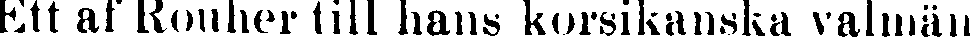
Ett af Rouher till hans korsikanska valmän